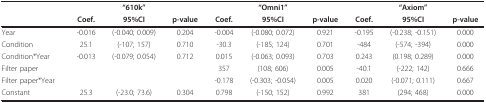
<table><thead><tr><td>[EMPTY_CELL]</td><td>[EMPTY_CELL]</td><td><b>"610k"</b></td><td>[EMPTY_CELL]</td><td>[EMPTY_CELL]</td><td><b>"Omni1"</b></td><td>[EMPTY_CELL]</td><td>[EMPTY_CELL]</td><td><b>"Axiom"</b></td><td>[EMPTY_CELL]</td></tr><tr><td>[EMPTY_CELL]</td><td><b>Coef.</b></td><td><b>95%CI</b></td><td><b>p-value</b></td><td><b>Coef.</b></td><td><b>95%CI</b></td><td><b>p-value</b></td><td><b>Coef.</b></td><td><b>95%CI</b></td><td><b>p-value</b></td></tr></thead><tbody><tr><td>Year</td><td>-0.016</td><td>(-0.040; 0.009)</td><td>0.204</td><td>-0.004</td><td>(-0.080; 0.072)</td><td>0.921</td><td>-0.195</td><td>(-0.238; -0.151)</td><td>0.000</td></tr><tr><td>Condition</td><td>25.1</td><td>(-107; 157)</td><td>0.710</td><td>-30.3</td><td>(-185; 124)</td><td>0.701</td><td>-484</td><td>(-574; -394)</td><td>0.000</td></tr><tr><td>Condition*Year</td><td>-0.013</td><td>(-0.079; 0.054)</td><td>0.712</td><td>0.015</td><td>(-0.063; 0.093)</td><td>0.703</td><td>0.243</td><td>(0.198; 0.289)</td><td>0.000</td></tr><tr><td>Filter paper</td><td>[EMPTY_CELL]</td><td>[EMPTY_CELL]</td><td>[EMPTY_CELL]</td><td>357</td><td>(108; 606)</td><td>0.005</td><td>-40.1</td><td>(-222; 142)</td><td>0.666</td></tr><tr><td>Filter paper*Year</td><td>[EMPTY_CELL]</td><td>[EMPTY_CELL]</td><td>[EMPTY_CELL]</td><td>-0.178</td><td>(-0.303; -0.054)</td><td>0.005</td><td>0.020</td><td>(-0.071; 0.111)</td><td>0.667</td></tr><tr><td>Constant</td><td>25.3</td><td>(-23.0; 73.6)</td><td>0.304</td><td>0.798</td><td>(-150; 152)</td><td>0.992</td><td>381</td><td>(294; 468)</td><td>0.000</td></tr></tbody></table>